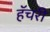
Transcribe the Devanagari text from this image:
हॅचरी